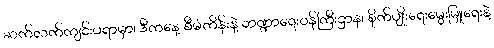
ဆက်လက်ကျင်းပရာမှာ၊ ဒီကနေ့ စီမံကိန်းနဲ့ ဘဏ္ဍာရေးဝန်ကြီးဌာန၊ စိုက်ပျိုးရေးမွေးမြူရေးနဲ့